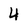
Character: 4